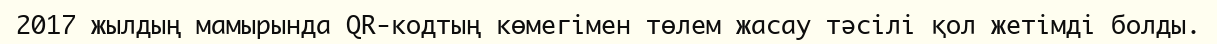
2017 жылдың мамырында QR-кодтың көмегімен төлем жасау тәсілі қол жетімді болды.